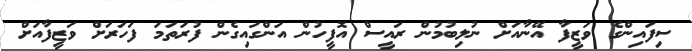
ސިފައިންގެ ވަޒީފާ އޭނާއަށް ނުލިބުމުން ރައީސް އޮފީހުން އަންގައިގެން ފުރަތަމަ ފަހަރަށް ވަޒީފާއަށް